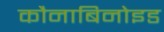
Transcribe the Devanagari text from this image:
कौनाबिनोइड